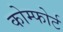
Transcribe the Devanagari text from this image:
कोम्फोर्ट